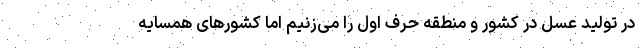
در تولید عسل در کشور و منطقه حرف اول را می‌زنیم اما کشورهای همسایه